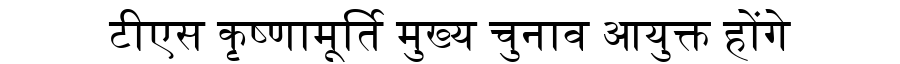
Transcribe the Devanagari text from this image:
टीएस कृष्णामूर्ति मुख्य चुनाव आयुक्त होंगे